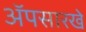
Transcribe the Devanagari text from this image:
ॲपसारखे